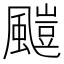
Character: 𩘥